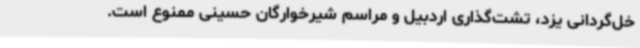
خل‌گردانی یزد، تشت‌گذاری اردبیل و مراسم شیرخوارگان حسینی ممنوع است.